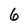
Character: 6